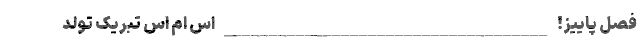
فصل پاییز! ____________________________________ اس ام اس تبریک تولد